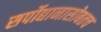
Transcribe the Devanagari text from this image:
सर्पोद्यानासोबतच